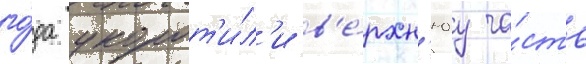
го́да укорот'и́л'и в'е́рхн'юу ча́сть